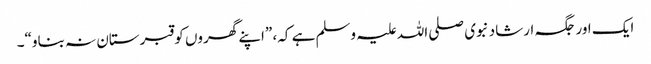
ایک اور جگہ ارشاد نبوی صلی اللہ علیہ وسلم ہے کہ، ”اپنے گھروں کو قبرستان نہ بناو“۔